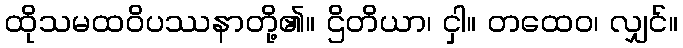
ထိုသမထဝိပဿနာတို့၏။ ဌိတိယာ၊ ငှါ။ တထေဝ၊ လျှင်။